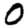
Digit: 0